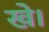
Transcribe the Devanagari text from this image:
खे।